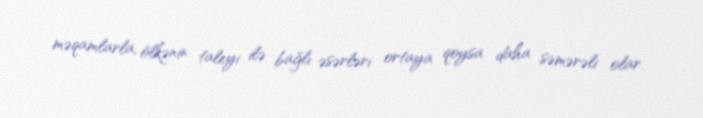
məqamlarla, ölkənin taleyi ilə bağlı əsərləri ortaya qoysa daha səmərəli olar.